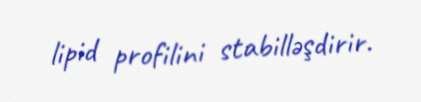
lipid profilini stabilləşdirir.